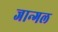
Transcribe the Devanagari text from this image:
जान्गल